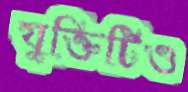
যুক্তিটিও